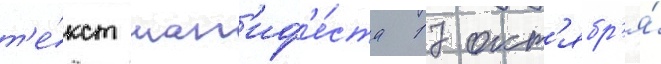
т'е́кст ман'иф'е́ста 17 окт'ябр'я́